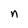
Character: n